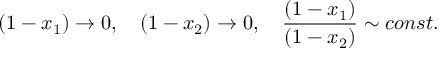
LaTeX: ( 1 - x _ { 1 } ) \to 0 , \quad ( 1 - x _ { 2 } ) \to 0 , \quad { \frac { ( 1 - x _ { 1 } ) } { ( 1 - x _ { 2 } ) } } \sim c o n s t .